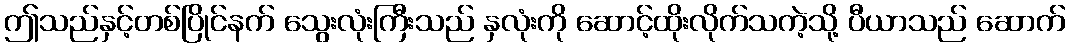
ဤသည်နှင့်တစ်ပြိုင်နက် သွေးလုံးကြီးသည် နှလုံးကို ဆောင့်ထိုးလိုက်သကဲ့သို့ ပီယာသည် ဆောက်